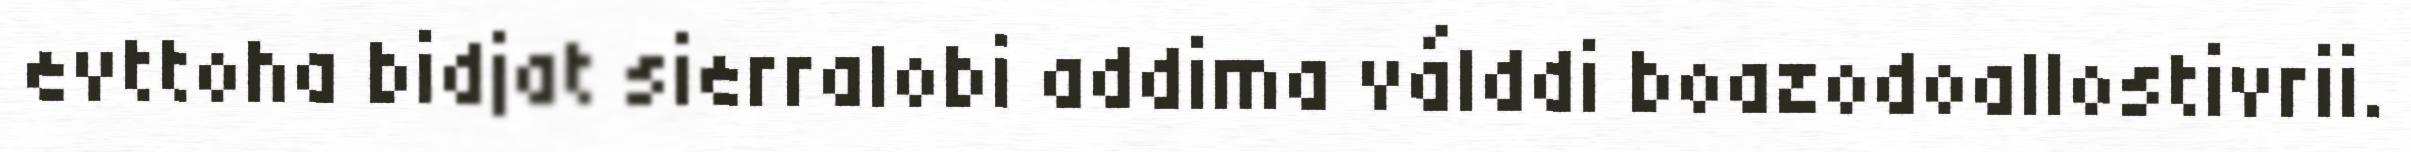
evttoha bidjat sierralobi addima válddi boazodoallostivrii.